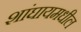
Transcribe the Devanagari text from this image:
शांघायमधील